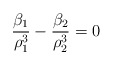
\begin{align*}\frac{\beta_1}{\rho_1^3} - \frac{\beta_2}{\rho_2^3}=0\end{align*}